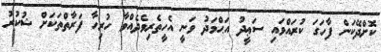
ކޮށްދޭކަން ފާހަގަ ކުރައްވައި ސަޢީދު އަޙްމަދު ވަނީ އެހީތެރިވެދެއްވާ ހުރިހާ ފަރާތްތަކަށް ޝުކުރު